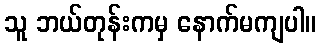
သူ ဘယ်တုန်းကမှ နောက်မကျပါ။